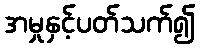
အမှုနှင့်ပတ်သက်၍